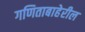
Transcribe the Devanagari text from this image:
गणिताबाहेरील